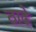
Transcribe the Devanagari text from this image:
ठाढे